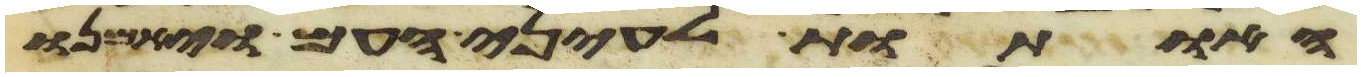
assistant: האתות לעיני העם ויאמנו